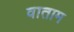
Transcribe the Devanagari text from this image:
वाताम